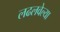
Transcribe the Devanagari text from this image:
लढलवेल्या